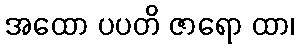
အထော ပပတိ ဇာရော ထာ၊